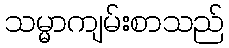
သမ္မာကျမ်းစာသည်